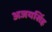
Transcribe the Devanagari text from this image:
अजयसिंह